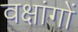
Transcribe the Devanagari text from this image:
वक्षांगों